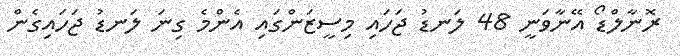
ރޮނާލްޑޯ އޭނާވަނީ 48 ލަނޑު ޖަހައި މިސީޒަންގައި އެންމެ ގިނަ ލަނޑު ޖަހައިގެން